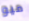
ميو